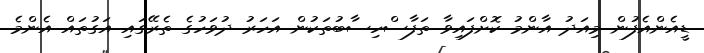
ޑީއެންއެފުން މިއަދު އާންމު ކޮށްފައިވާ ތަފާސްހިސާބުތަކުން އަހަރު ދުވަހުގެ ތެރޭގައި އަގުތައް އެންމެ